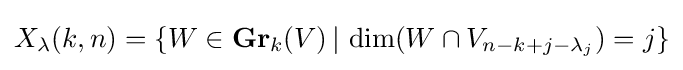
X_{\lambda }(k,n)=\{W\in \mathbf {Gr} _{k}(V)\,|\,\dim(W\cap V_{n-k+j-\lambda _{j}})=j\}